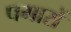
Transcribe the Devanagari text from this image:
पगारों